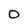
Character: O